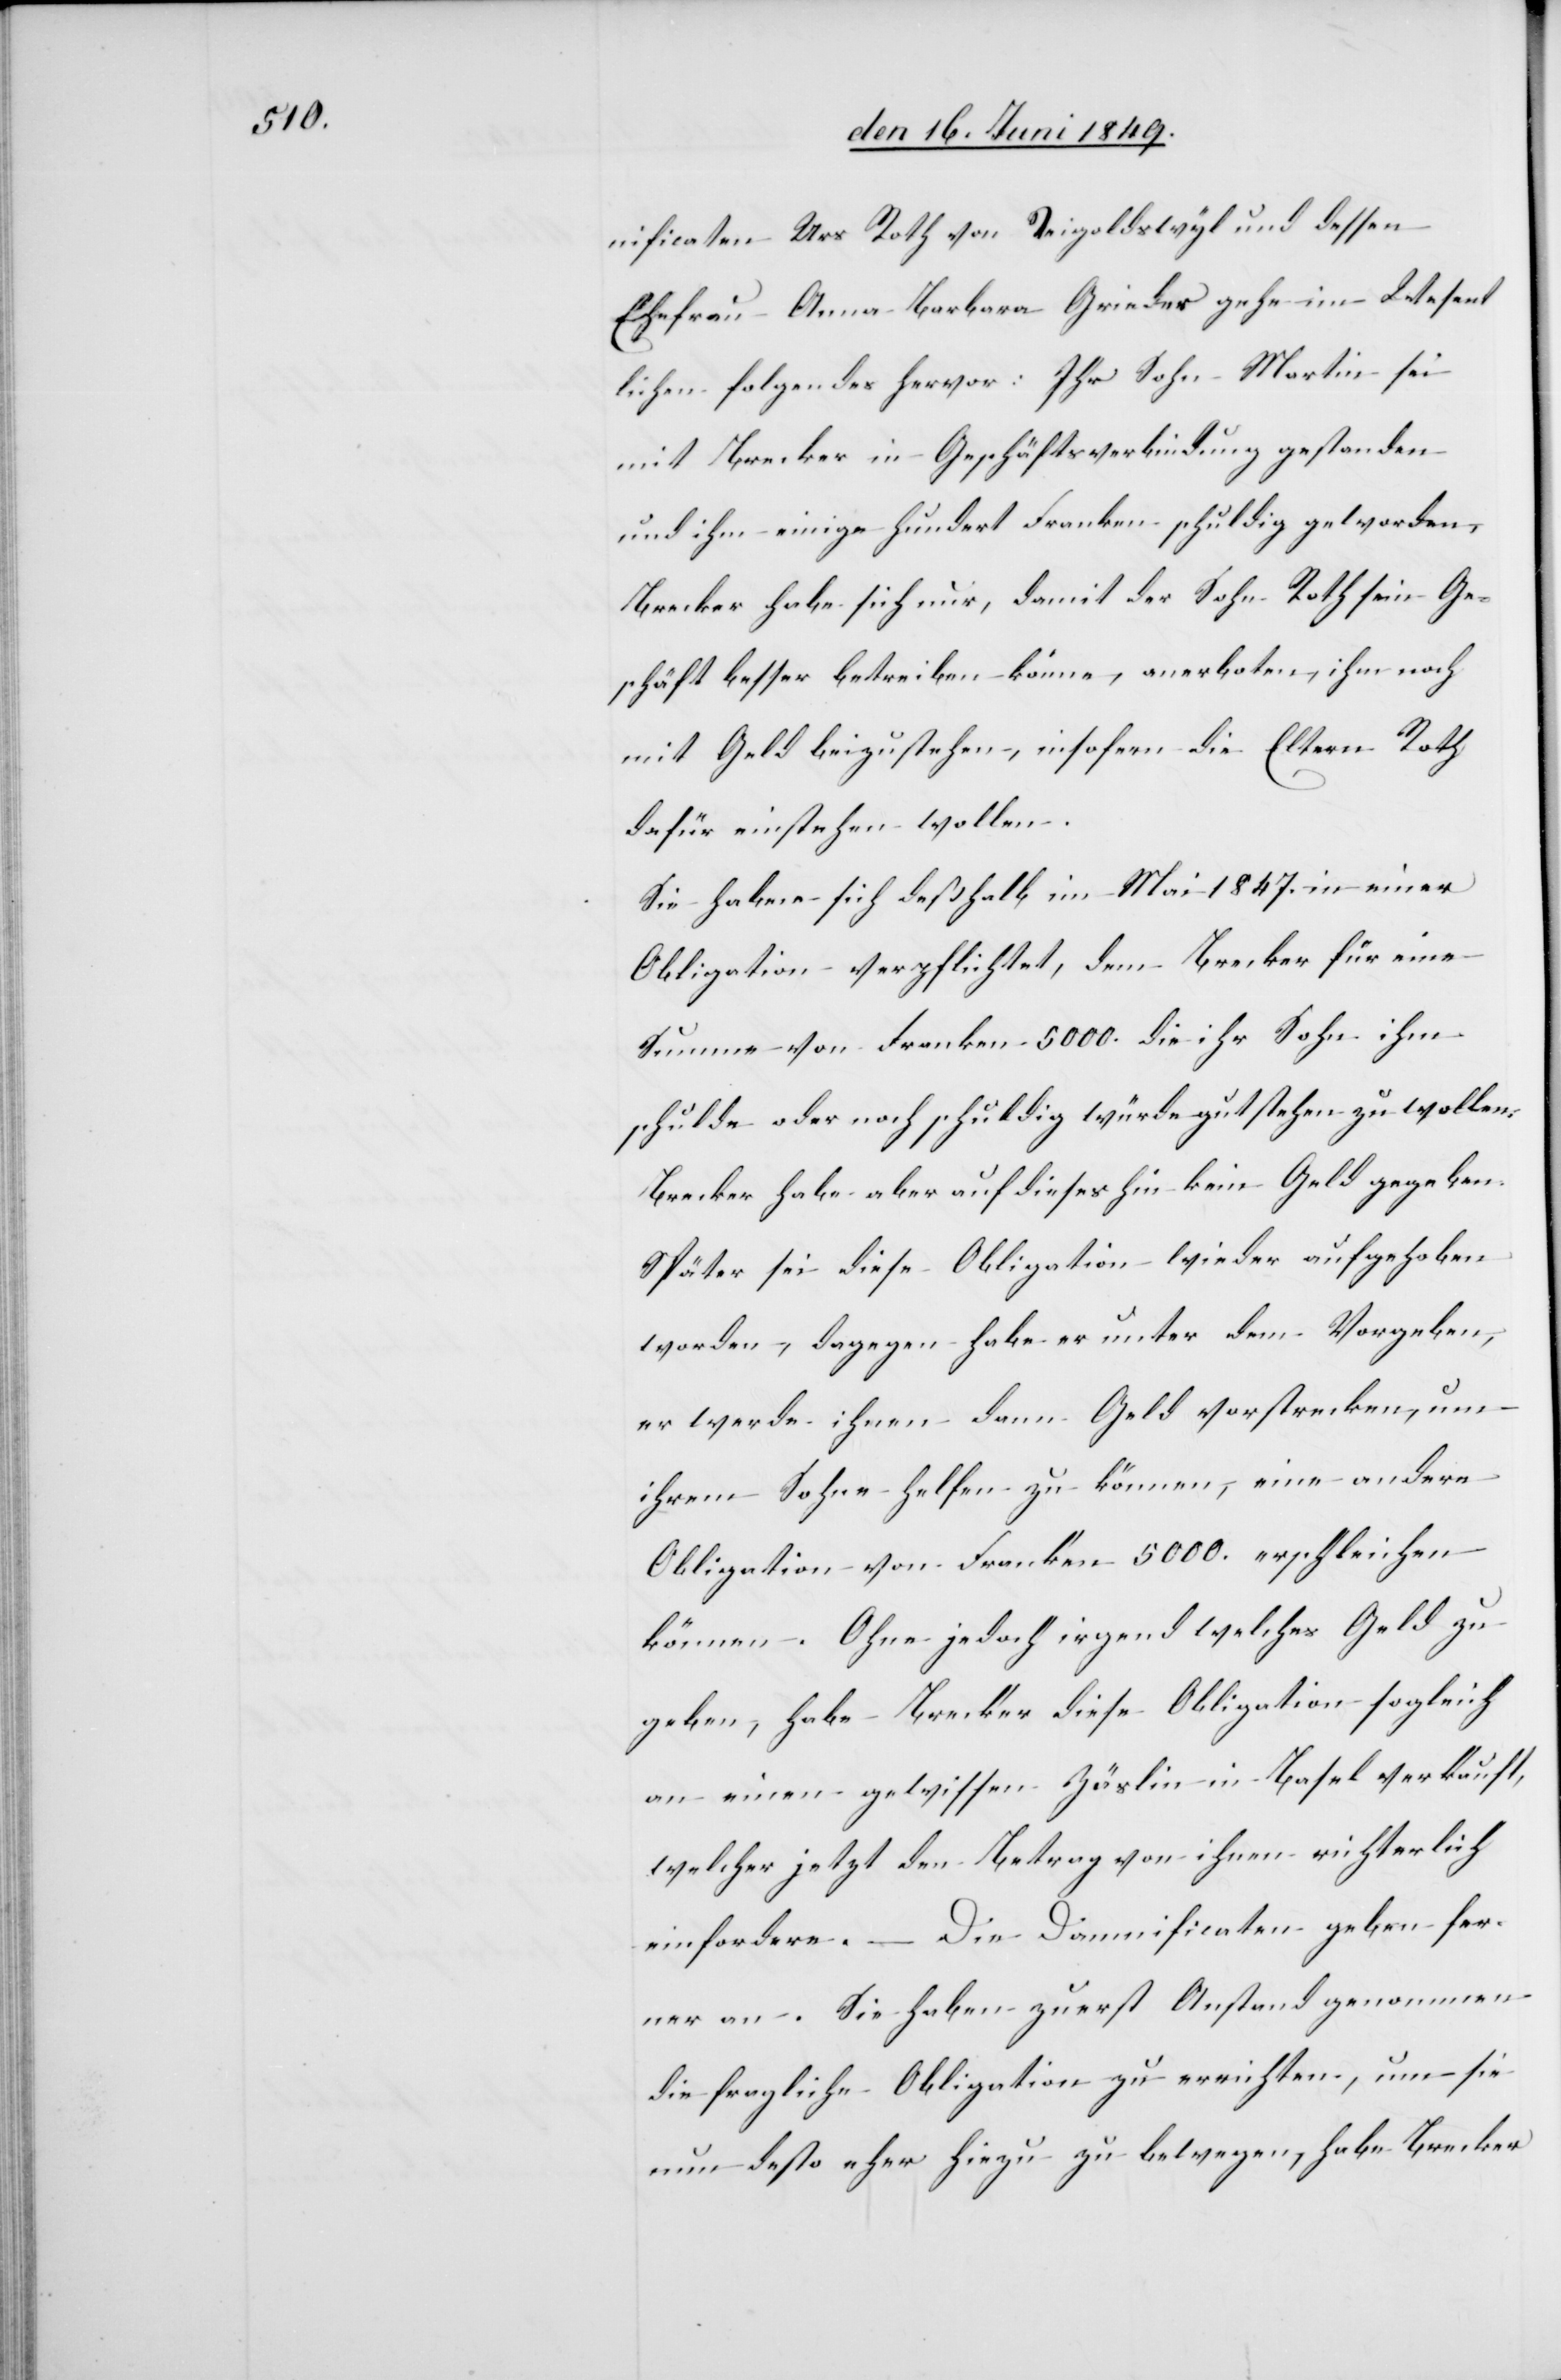
nificaten Urs Roth von Reigoldswyl und dessen
Ehefrau Anna Barbara Grieder gehe im Wesent¬
lichen folgendes hervor: Ihr Sohn Martin sei
mit Brecker in Geschäftsverbindung gestanden
und ihm einige hundert Franken schuldig geworden,
Brecker habe sich nur, damit der Sohn Roth sein Ge¬
schäft besser betreiben könne, anerboten, ihm noch
mit Geld beizustehen, insofern die Eltern Roth
dafür einstehen wollen.
Sie haben sich deßhalb im Mai 1847. in einer
Obligation verpflichtet, dem Brecker für eine
Summe von Franken 5 000. die ihr Sohn ihm
schulde oder noch schuldig würde gut stehen zu wollen.
Becker habe aber auf dieses hin kein Geld gegeben.
Später sei diese Obligation wieder aufgehoben
worden, dagegen habe er unter dem Vorgeben,
er werde ihnen dann Geld vorstrecken, um
ihrem Sohne helfen zu können, eine andere
Obligation von Franken 5 000. erschleichen
können. Ohne jedoch irgend welches Geld zu
welcher jetzt den Betrag von ihnen richterlich
einfordere. – Die Damnificaten geben fer¬
ner an. Sie haben zuerst Anstand genommen
die fragliche Obligation zu errichten, um sie
nun desto eher hiezu zu bewegen, habe Brecker